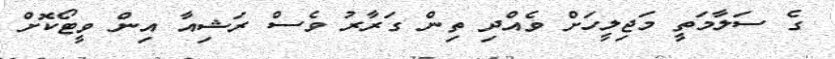
ގެ ސަލާމަތީ މަޖިލީހަށް ވެއްދި ތިން ގަރާރު ވެސް ރަޝިއާ އިން ވީޓޯކޮށް